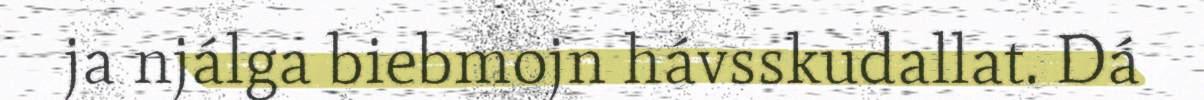
ja njálga biebmojn hávsskudallat. Dá